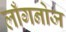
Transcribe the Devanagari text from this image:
लाँगनोज